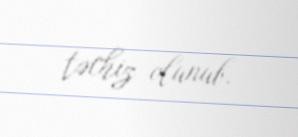
təchiz olunub.